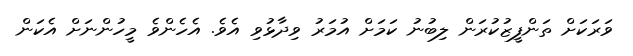
ވަރަކަށް ތަންފީޒުކުރަން ލިބުނު ކަމަށް އުމަރު ވިދާޅުވި އެވެ. އެހެންވެ މީހުންނަށް އެކަން